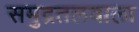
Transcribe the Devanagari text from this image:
समुद्रतलवाला